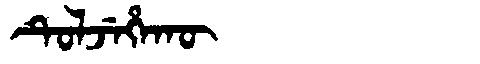
Manchu: ᡨᡠᠯᠵᡝᡥᠠᡴᡡ
Romanization: TULJEHAKŪ